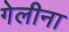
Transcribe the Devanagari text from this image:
गेलीना